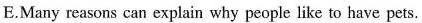
E.Many reasons can explain why people like to have pets.